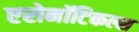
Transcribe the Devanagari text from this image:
एरोनॉटिकल्स